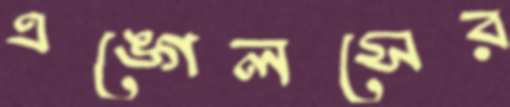
এঙ্গেলসের